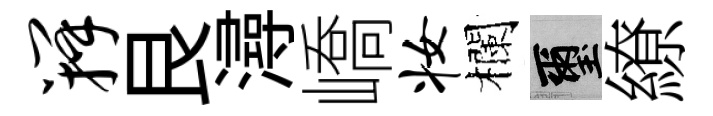
瓣艮潯嶠妆欄璽繚